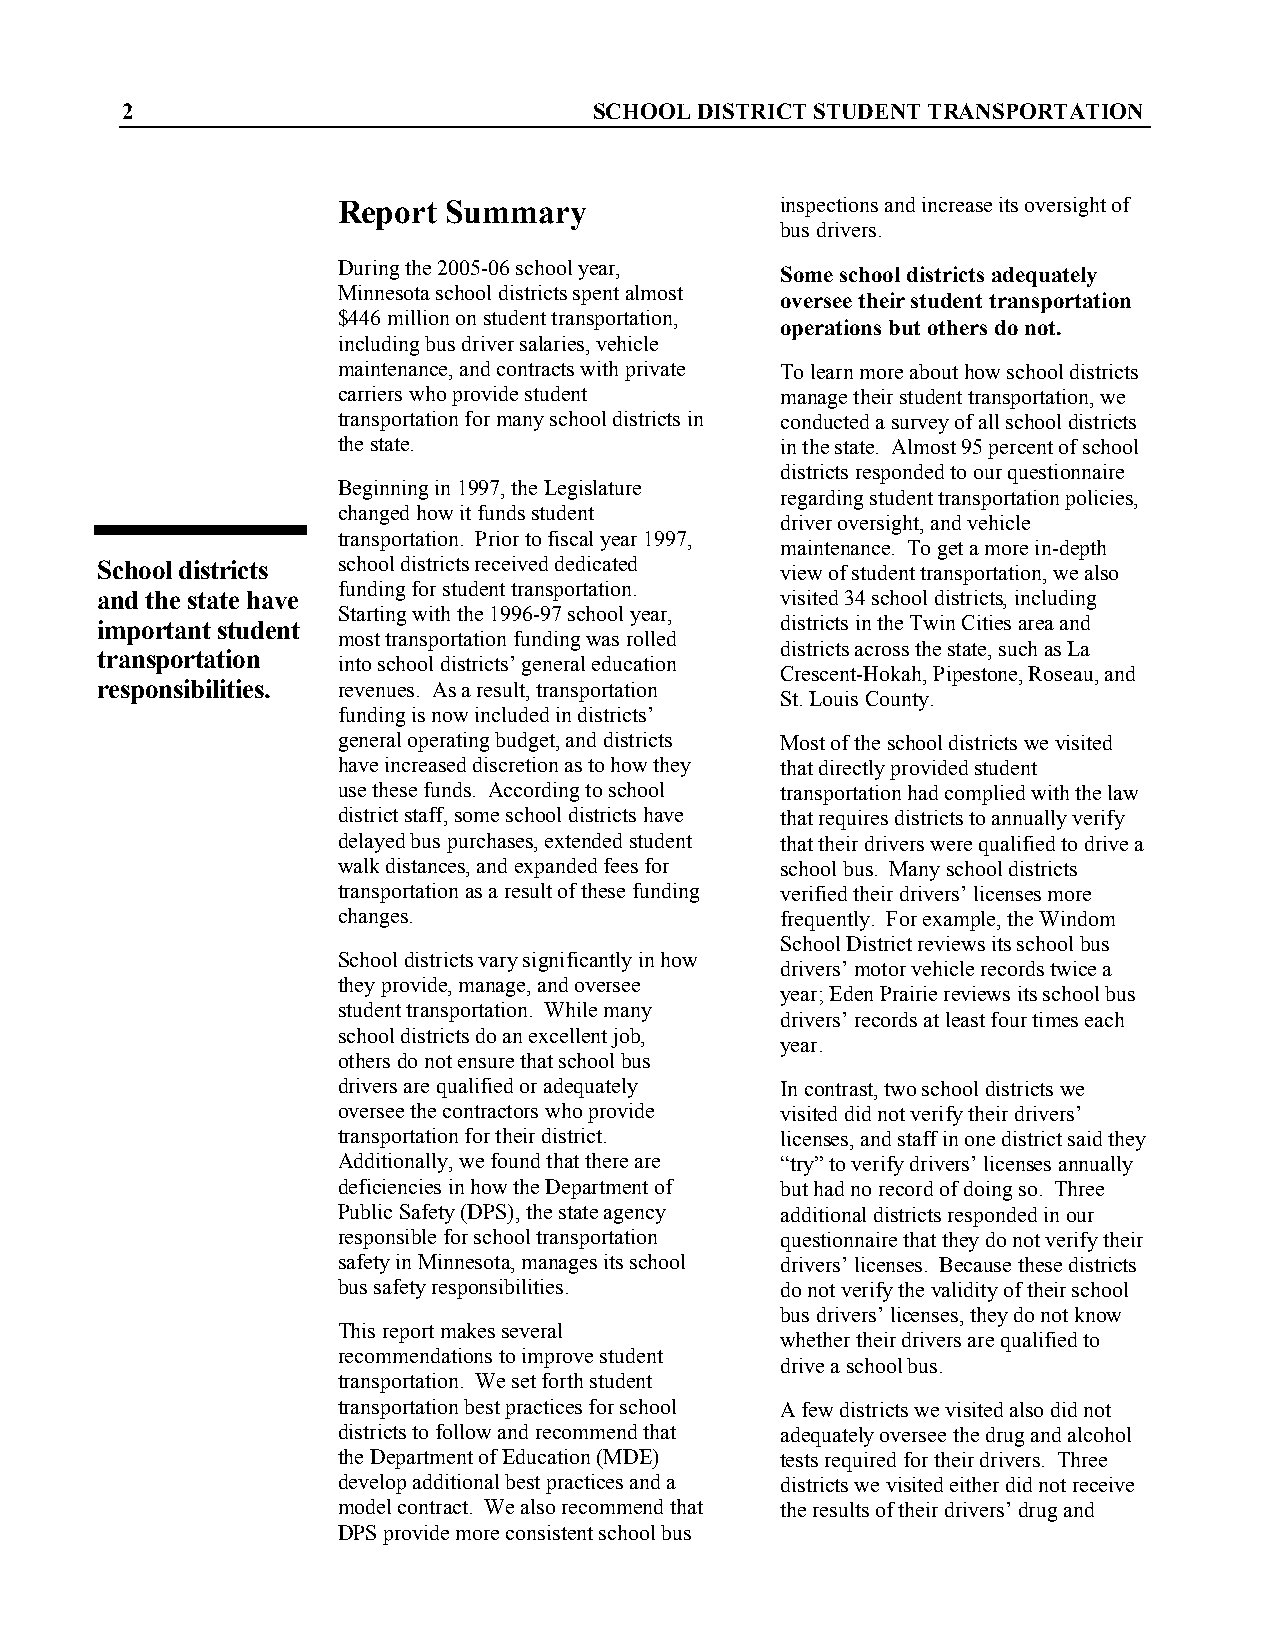
2                              SCHOOL DISTRICT STUDENT TRANSPORTATION
 Report  Summary               inspections and increase its oversight of
 bus drivers.
 During the 2005-06 school year, Some school districts adequately
 Minnesota school districts spent almost
 oversee their student transportation
 $446 million on student transportation,
 operations but others do not.
 including bus driver salaries, vehicle
 maintenance, and contracts with private To learn more about how school districts
 carriers who provide student  manage their student transportation, we
 transportation for many school districts in conducted a survey of all school districts
 the state.                    in the state. Almost 95 percent of school
 districts responded to our questionnaire
 Beginning in 1997, the Legislature
 regarding student transportation policies,
 changed how it funds student
 driver oversight, and vehicle
 transportation. Prior to fiscal year 1997,
 maintenance. To get a more in-depth
 School districts school districts received dedicated view of student transportation, we also
 funding for student transportation.
 and the state have                            visited 34 school districts, including
 Starting with the 1996-97 school year,
 important student                             districts in the Twin Cities area and
 most transportation funding was rolled
 districts across the state, such as La
 transportation
 into school districts’ general education
 Crescent-Hokah, Pipestone, Roseau, and
 responsibilities. revenues. As a result, transportation
 St. Louis County.
 funding is now included in districts’
 general operating budget, and districts Most of the school districts we visited
 have increased discretion as to how they that directly provided student
 use these funds. According to school transportation had complied with the law
 district staff, some school districts have that requires districts to annually verify
 delayed bus purchases, extended student that their drivers were qualified to drive a
 walk distances, and expanded fees for school bus. Many school districts
 transportation as a result of these funding verified their drivers’ licenses more
 changes.                      frequently. For example, the Windom
 School District reviews its school bus
 School districts vary significantly in how
 drivers’ motor vehicle records twice a
 they provide, manage, and oversee
 year; Eden Prairie reviews its school bus
 student transportation. While many
 drivers’ records at least four times each
 school districts do an excellent job,
 year.
 others do not ensure that school bus
 drivers are qualified or adequately In contrast, two school districts we
 oversee the contractors who provide visited did not verify their drivers’
 transportation for their district. licenses, and staff in one district said they
 Additionally, we found that there are “try” to verify drivers’ licenses annually
 deficiencies in how the Department of but had no record of doing so. Three
 Public Safety (DPS), the state agency additional districts responded in our
 responsible for school transportation questionnaire that they do not verify their
 safety in Minnesota, manages its school drivers’ licenses. Because these districts
 bus safety responsibilities.  do not verify the validity of their school
 bus drivers’ licenses, they do not know
 This report makes several
 whether their drivers are qualified to
 recommendations to improve student
 drive a school bus.
 transportation. We set forth student
 transportation best practices for school A few districts we visited also did not
 districts to follow and recommend that adequately oversee the drug and alcohol
 the Department of Education (MDE) tests required for their drivers. Three
 develop additional best practices and a districts we visited either did not receive
 model contract. We also recommend that the results of their drivers’ drug and
 DPS provide more consistent school bus